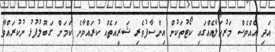
އަދި އެއްވެސް މަރުހަލާއެއްގައި ކޯޓުތަކުން އިންސާފުވެރި ޝަރީއަތެއް ކުރައްވާނެ ކަމަށް ގަބޫލުފުޅު ނުކުރައްވާ